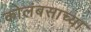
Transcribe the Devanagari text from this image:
कोलंबसाच्या